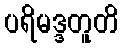
ပရိမဒ္ဒတူတိ